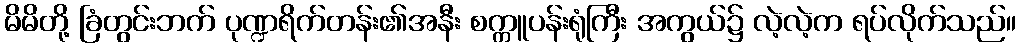
မိမိတို့ ခြံတွင်းဘက် ပုဏ္ဍရိက်တန်း၏အနီး စက္ကူပန်းရုံကြီး အကွယ်၌ လဲ့လဲ့က ရပ်လိုက်သည်။